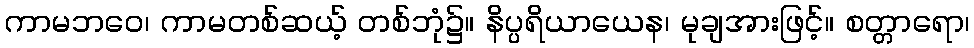
ကာမဘဝေ၊ ကာမတစ်ဆယ့် တစ်ဘုံ၌။ နိပ္ပရိယာယေန၊ မုချအားဖြင့်။ စတ္တာရော၊